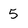
Character: 5